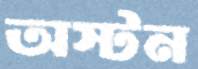
অস্টন